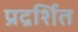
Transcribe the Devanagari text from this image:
प्रद्रर्शित